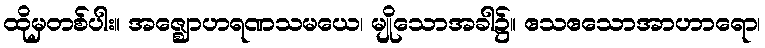
ထိုမှတစ်ပါး။ အဇ္ဈောဟရဏသမယေ၊ မျိုသောအခါ၌။ ဧသဧသောအာဟာရော၊